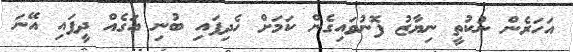
އަހަރެން ނުކުތީ ނިޔާޒު ފޮނުވައިގެން ކަމަށް ހެދިފައި ބުނި އަގެއް ދީފައި އޭނަ